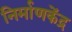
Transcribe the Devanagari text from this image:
निर्माणकेंद्र